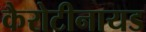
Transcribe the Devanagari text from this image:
कैरोटीनायड